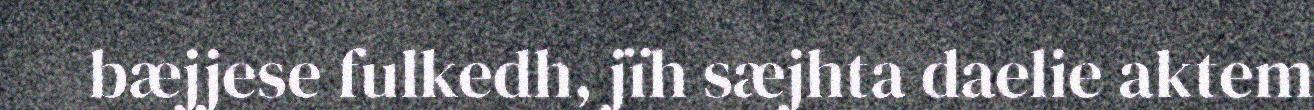
bæjjese fulkedh, jïh sæjhta daelie aktem